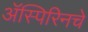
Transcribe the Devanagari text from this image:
ॲस्पिरिनचे